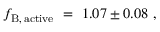
f _ { \mathrm { B , \, a c t i v e } } ~ = ~ 1 . 0 7 \pm 0 . 0 8 ~ ,